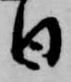
日